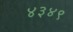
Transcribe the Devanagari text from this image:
४३४९